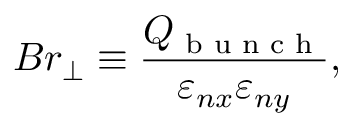
B r _ { \perp } \equiv \frac { Q _ { \textnormal { b u n c h } } } { \varepsilon _ { n x } \varepsilon _ { n y } } ,